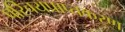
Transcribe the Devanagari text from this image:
परिचयप्राप्तकरण